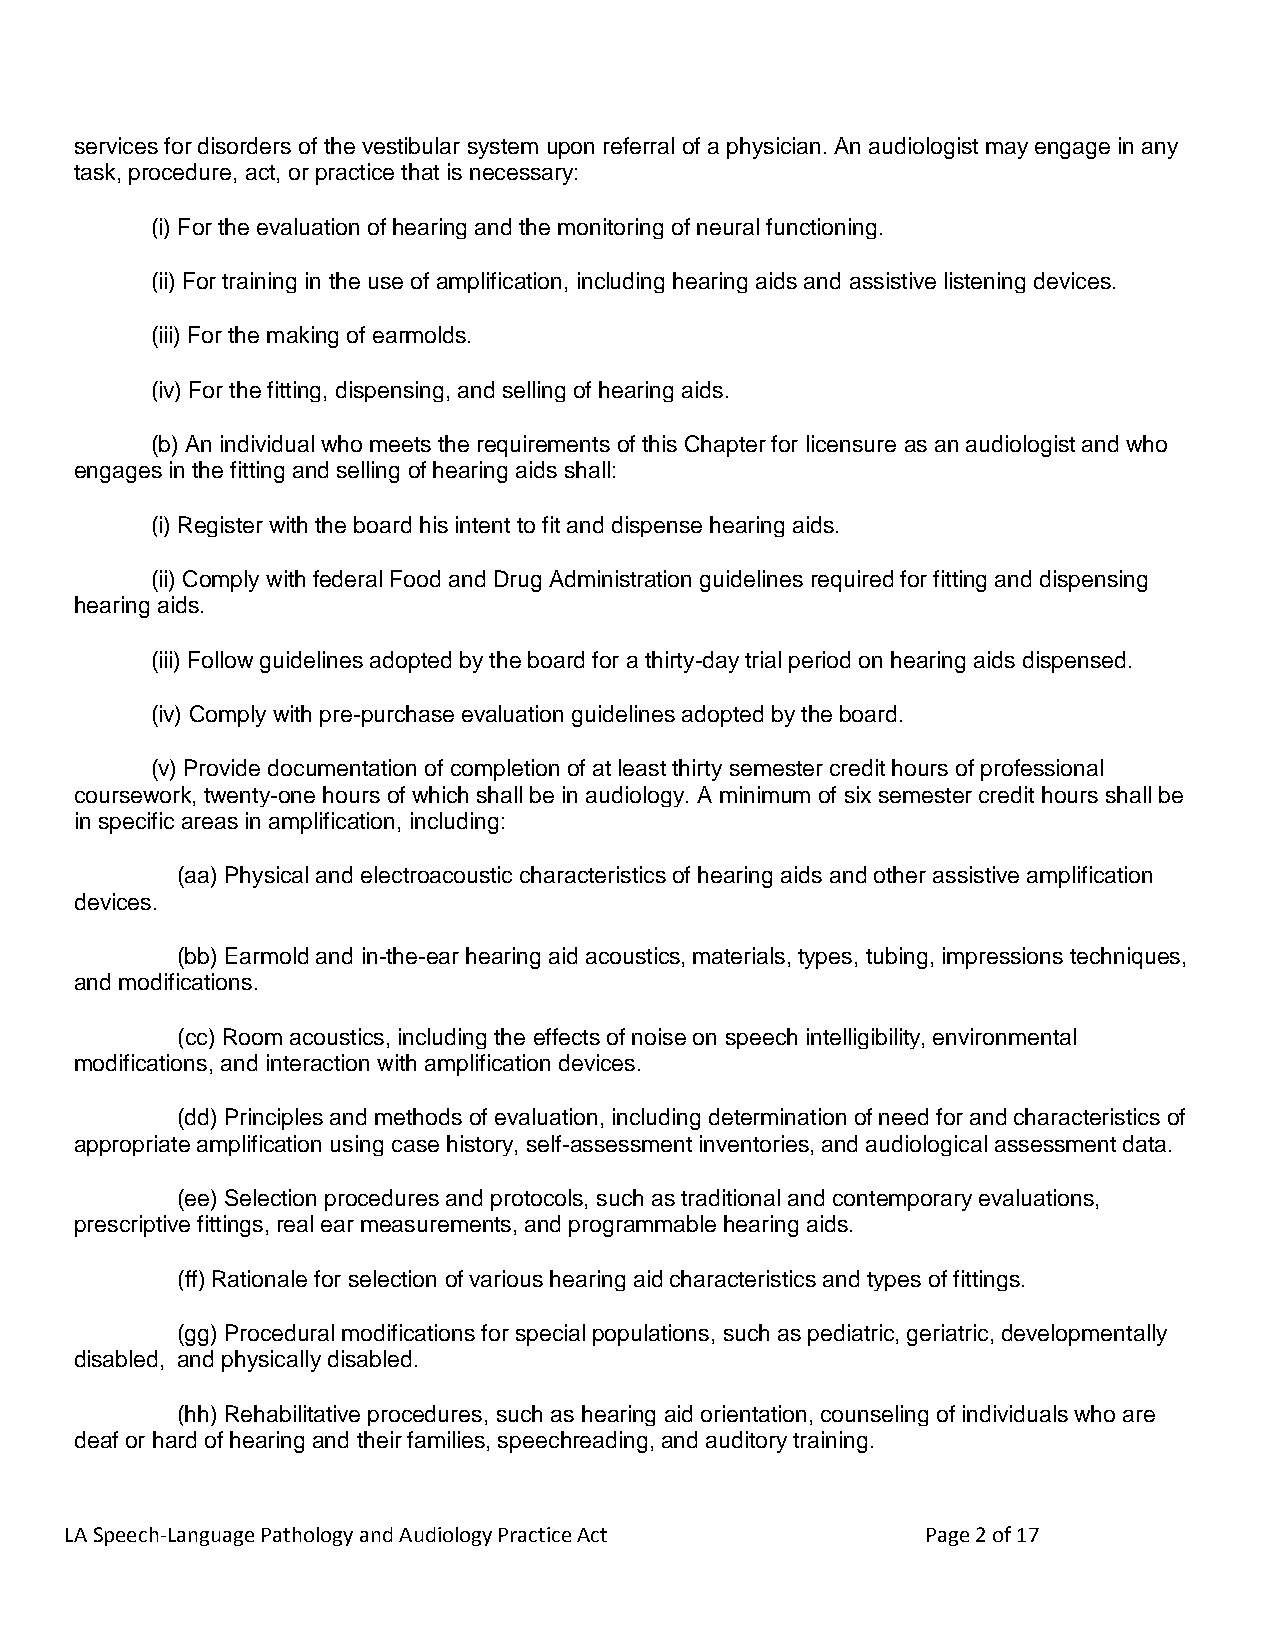
services for disorders of the vestibular system upon referral of a physician. An audiologist may engage in any
 task, procedure, act, or practice that is necessary:
 (i) For the evaluation of hearing and the monitoring of neural functioning.
 (ii) For training in the use of amplification, including hearing aids and assistive listening devices.
 (iii) For the making of earmolds.
 (iv) For the fitting, dispensing, and selling of hearing aids.
 (b) An individual who meets the requirements of this Chapter for licensure as an audiologist and who
 engages in the fitting and selling of hearing aids shall:
 (i) Register with the board his intent to fit and dispense hearing aids.
 (ii) Comply with federal Food and Drug Administration guidelines required for fitting and dispensing
 hearing aids.
 (iii) Follow guidelines adopted by the board for a thirty-day trial period on hearing aids dispensed.
 (iv) Comply with pre-purchase evaluation guidelines adopted by the board.
 (v) Provide documentation of completion of at least thirty semester credit hours of professional
 coursework, twenty-one hours of which shall be in audiology. A minimum of six semester credit hours shall be
 in specific areas in amplification, including:
 (aa) Physical and electroacoustic characteristics of hearing aids and other assistive amplification
 devices.
 (bb) Earmold and in-the-ear hearing aid acoustics, materials, types, tubing, impressions techniques,
 and modifications.
 (cc) Room acoustics, including the effects of noise on speech intelligibility, environmental
 modifications, and interaction with amplification devices.
 (dd) Principles and methods of evaluation, including determination of need for and characteristics of
 appropriate amplification using case history, self-assessment inventories, and audiological assessment data.
 (ee) Selection procedures and protocols, such as traditional and contemporary evaluations,
 prescriptive fittings, real ear measurements, and programmable hearing aids.
 (ff) Rationale for selection of various hearing aid characteristics and types of fittings.
 (gg) Procedural modifications for special populations, such as pediatric, geriatric, developmentally
 disabled, and physically disabled.
 (hh) Rehabilitative procedures, such as hearing aid orientation, counseling of individuals who are
 deaf or hard of hearing and their families, speechreading, and auditory training.
 LA Speech-Language Pathology and Audiology Practice Act  Page 2 of 17